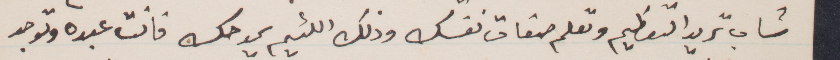
شاب تريد التعظيم وتعلم صفات نفسك وذلك اللئيم يمدحك فانت عبده وتوجد